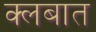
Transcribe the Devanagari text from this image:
क्लबात